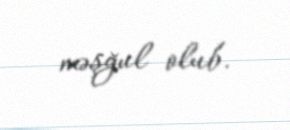
məşğul olub.